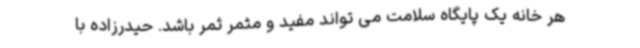
هر خانه یک پایگاه سلامت می تواند مفید و مثمر ثمر باشد. حیدرزاده با